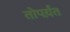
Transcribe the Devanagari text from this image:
तोपर्य़ंत